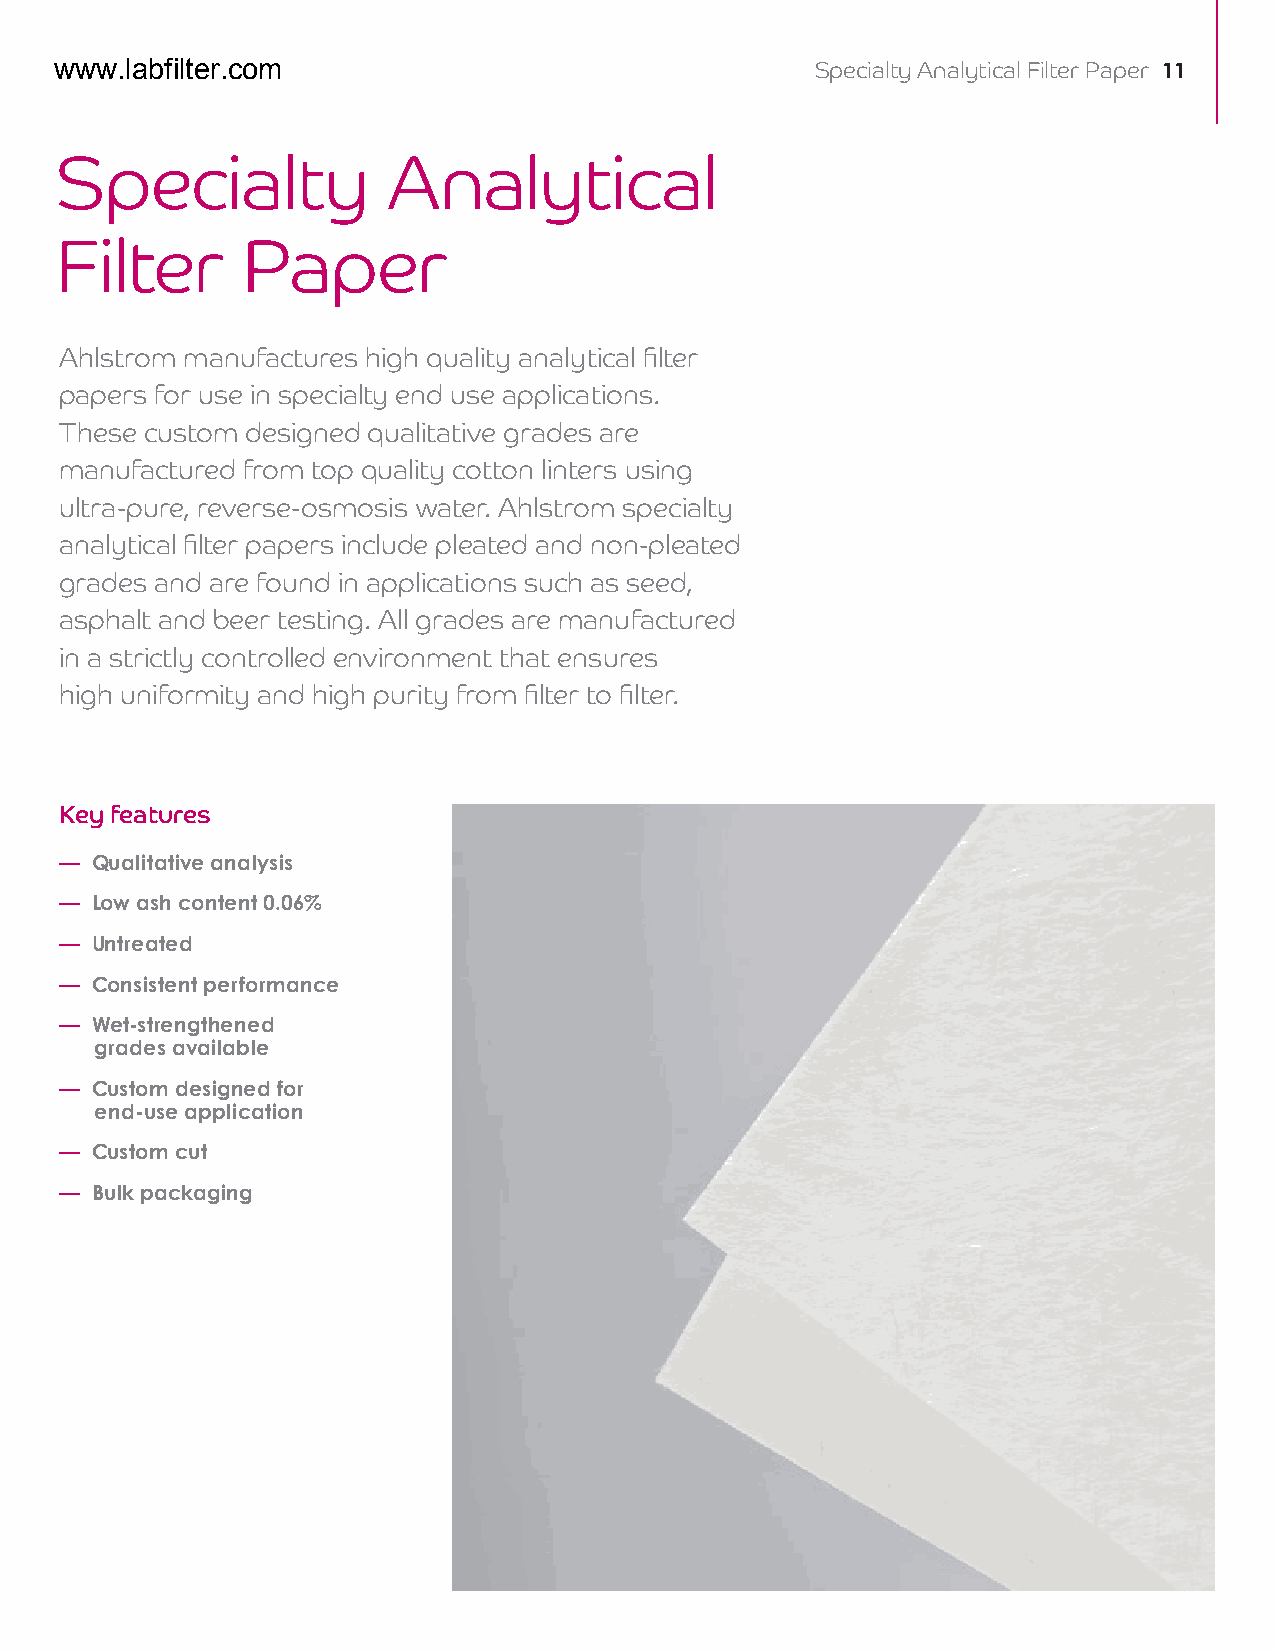
www.labfilter.com                                 Specialty Analytical Filter Paper 11
 Specialty             Analytical
 Filter      Paper
 Ahlstrom manufactures high quality analytical filter
 papers for use in specialty end use applications.
 These custom designed qualitative grades are
 manufactured from top quality cotton linters using
 ultra-pure, reverse-osmosis water. Ahlstrom specialty
 analytical filter papers include pleated and non-pleated
 grades and are found in applications such as seed,
 asphalt and beer testing. All grades are manufactured
 in a strictly controlled environment that ensures
 high uniformity and high purity from filter to filter.
 Key features
 — Qualitative analysis
 — Low ash content 0.06%
 — Untreated
 — Consistent performance
 — Wet-strengthened
 grades available
 — Custom designed for
 end-use application
 — Custom cut
 — Bulk packaging